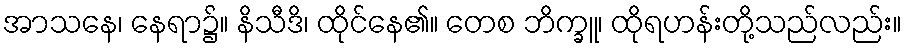
အာသနေ၊ နေရာ၌။ နိသီဒိ၊ ထိုင်နေ၏။ တေစ ဘိက္ခူ၊ ထိုရဟန်းတို့သည်လည်း။